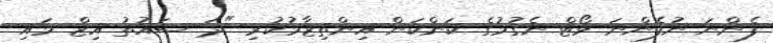
ފެންނަ ނުފެންނަ ވޯޓް ނެގުމުގެ ކަންކަން އިންތިޒާމުކުރި "ދަ ސައުތު އިޒް މައި